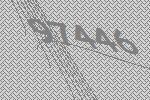
97446